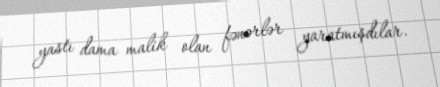
yastı dama malik olan fənərlər yaratmışdılar.